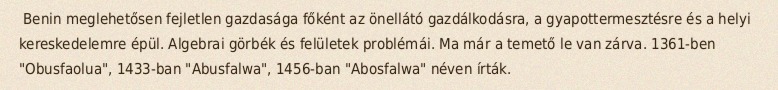
Benin meglehetősen fejletlen gazdasága főként az önellátó gazdálkodásra, a gyapottermesztésre és a helyi kereskedelemre épül. Algebrai görbék és felületek problémái. Ma már a temető le van zárva. 1361-ben "Obusfaolua", 1433-ban "Abusfalwa", 1456-ban "Abosfalwa" néven írták.